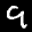
Label: 9